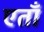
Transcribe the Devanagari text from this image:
एताँ